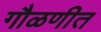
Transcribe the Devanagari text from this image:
गौळणीत